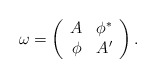
\begin{align*}\omega = \left( \begin{array}{cc} A & \phi^* \\ \phi & A' \end{array} \right) .\end{align*}